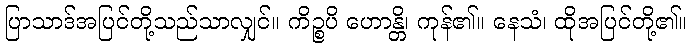
ပြာသာဒ်အပြင်တို့သည်သာလျှင်။ ကိဉ္စပိ ဟောန္တိ၊ ကုန်၏။ နေသံ၊ ထိုအပြင်တို့၏။